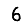
Digit: 6